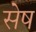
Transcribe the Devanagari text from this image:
सेष